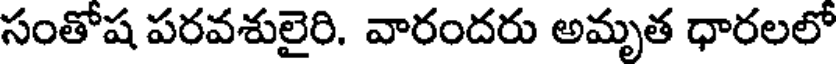
సంతోష పరవశులైరి. వారందరు అమృత ధారలలో